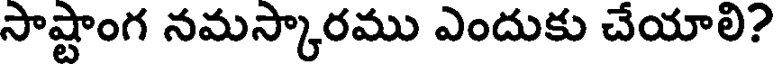
సాష్టాంగ నమస్కారము ఎందుకు చేయాలి?